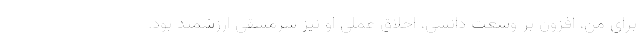
برای من، افزون بر وسعت دانشی، اخلاق عملی او نیز سرمشقی ارزشمند بود.